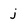
Character: j